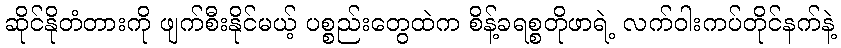
ဆိုင်နိုတံတားကို ဖျက်စီးနိုင်မယ့် ပစ္စည်းတွေထဲက စိန့်ခရစ္စတိုဖာရဲ့ လက်ဝါးကပ်တိုင်နက်နဲ့